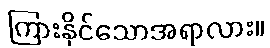
ကြားနိုင်သောအရာလား။